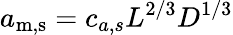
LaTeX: a_{\mathrm{m,s}}=c_{a,s}L^{2/3}D^{1/3}